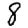
Digit: 8